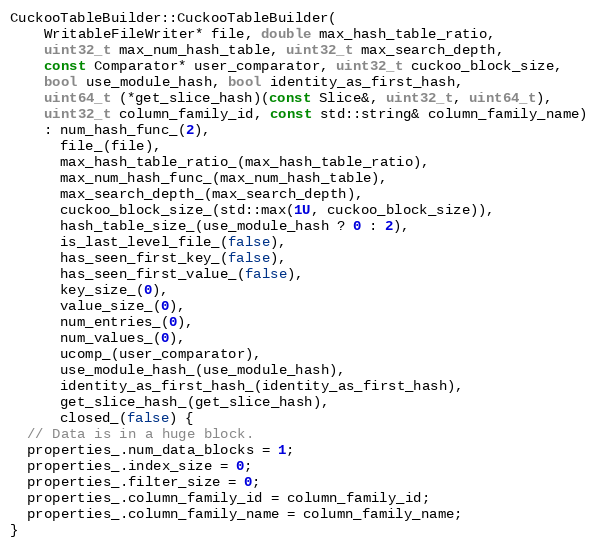
Language: C++
CuckooTableBuilder::CuckooTableBuilder(
    WritableFileWriter* file, double max_hash_table_ratio,
    uint32_t max_num_hash_table, uint32_t max_search_depth,
    const Comparator* user_comparator, uint32_t cuckoo_block_size,
    bool use_module_hash, bool identity_as_first_hash,
    uint64_t (*get_slice_hash)(const Slice&, uint32_t, uint64_t),
    uint32_t column_family_id, const std::string& column_family_name)
    : num_hash_func_(2),
      file_(file),
      max_hash_table_ratio_(max_hash_table_ratio),
      max_num_hash_func_(max_num_hash_table),
      max_search_depth_(max_search_depth),
      cuckoo_block_size_(std::max(1U, cuckoo_block_size)),
      hash_table_size_(use_module_hash ? 0 : 2),
      is_last_level_file_(false),
      has_seen_first_key_(false),
      has_seen_first_value_(false),
      key_size_(0),
      value_size_(0),
      num_entries_(0),
      num_values_(0),
      ucomp_(user_comparator),
      use_module_hash_(use_module_hash),
      identity_as_first_hash_(identity_as_first_hash),
      get_slice_hash_(get_slice_hash),
      closed_(false) {
  // Data is in a huge block.
  properties_.num_data_blocks = 1;
  properties_.index_size = 0;
  properties_.filter_size = 0;
  properties_.column_family_id = column_family_id;
  properties_.column_family_name = column_family_name;
}